Bréfritari: Ásgeir Tryggvi Friðgeirsson
Viðtakandi: Einar Friðgeirsson
Dagsetning: A-1896-10-13
Skrifað á: Bíldudal  V-Barð.
Ásgeir er bróðir Einars

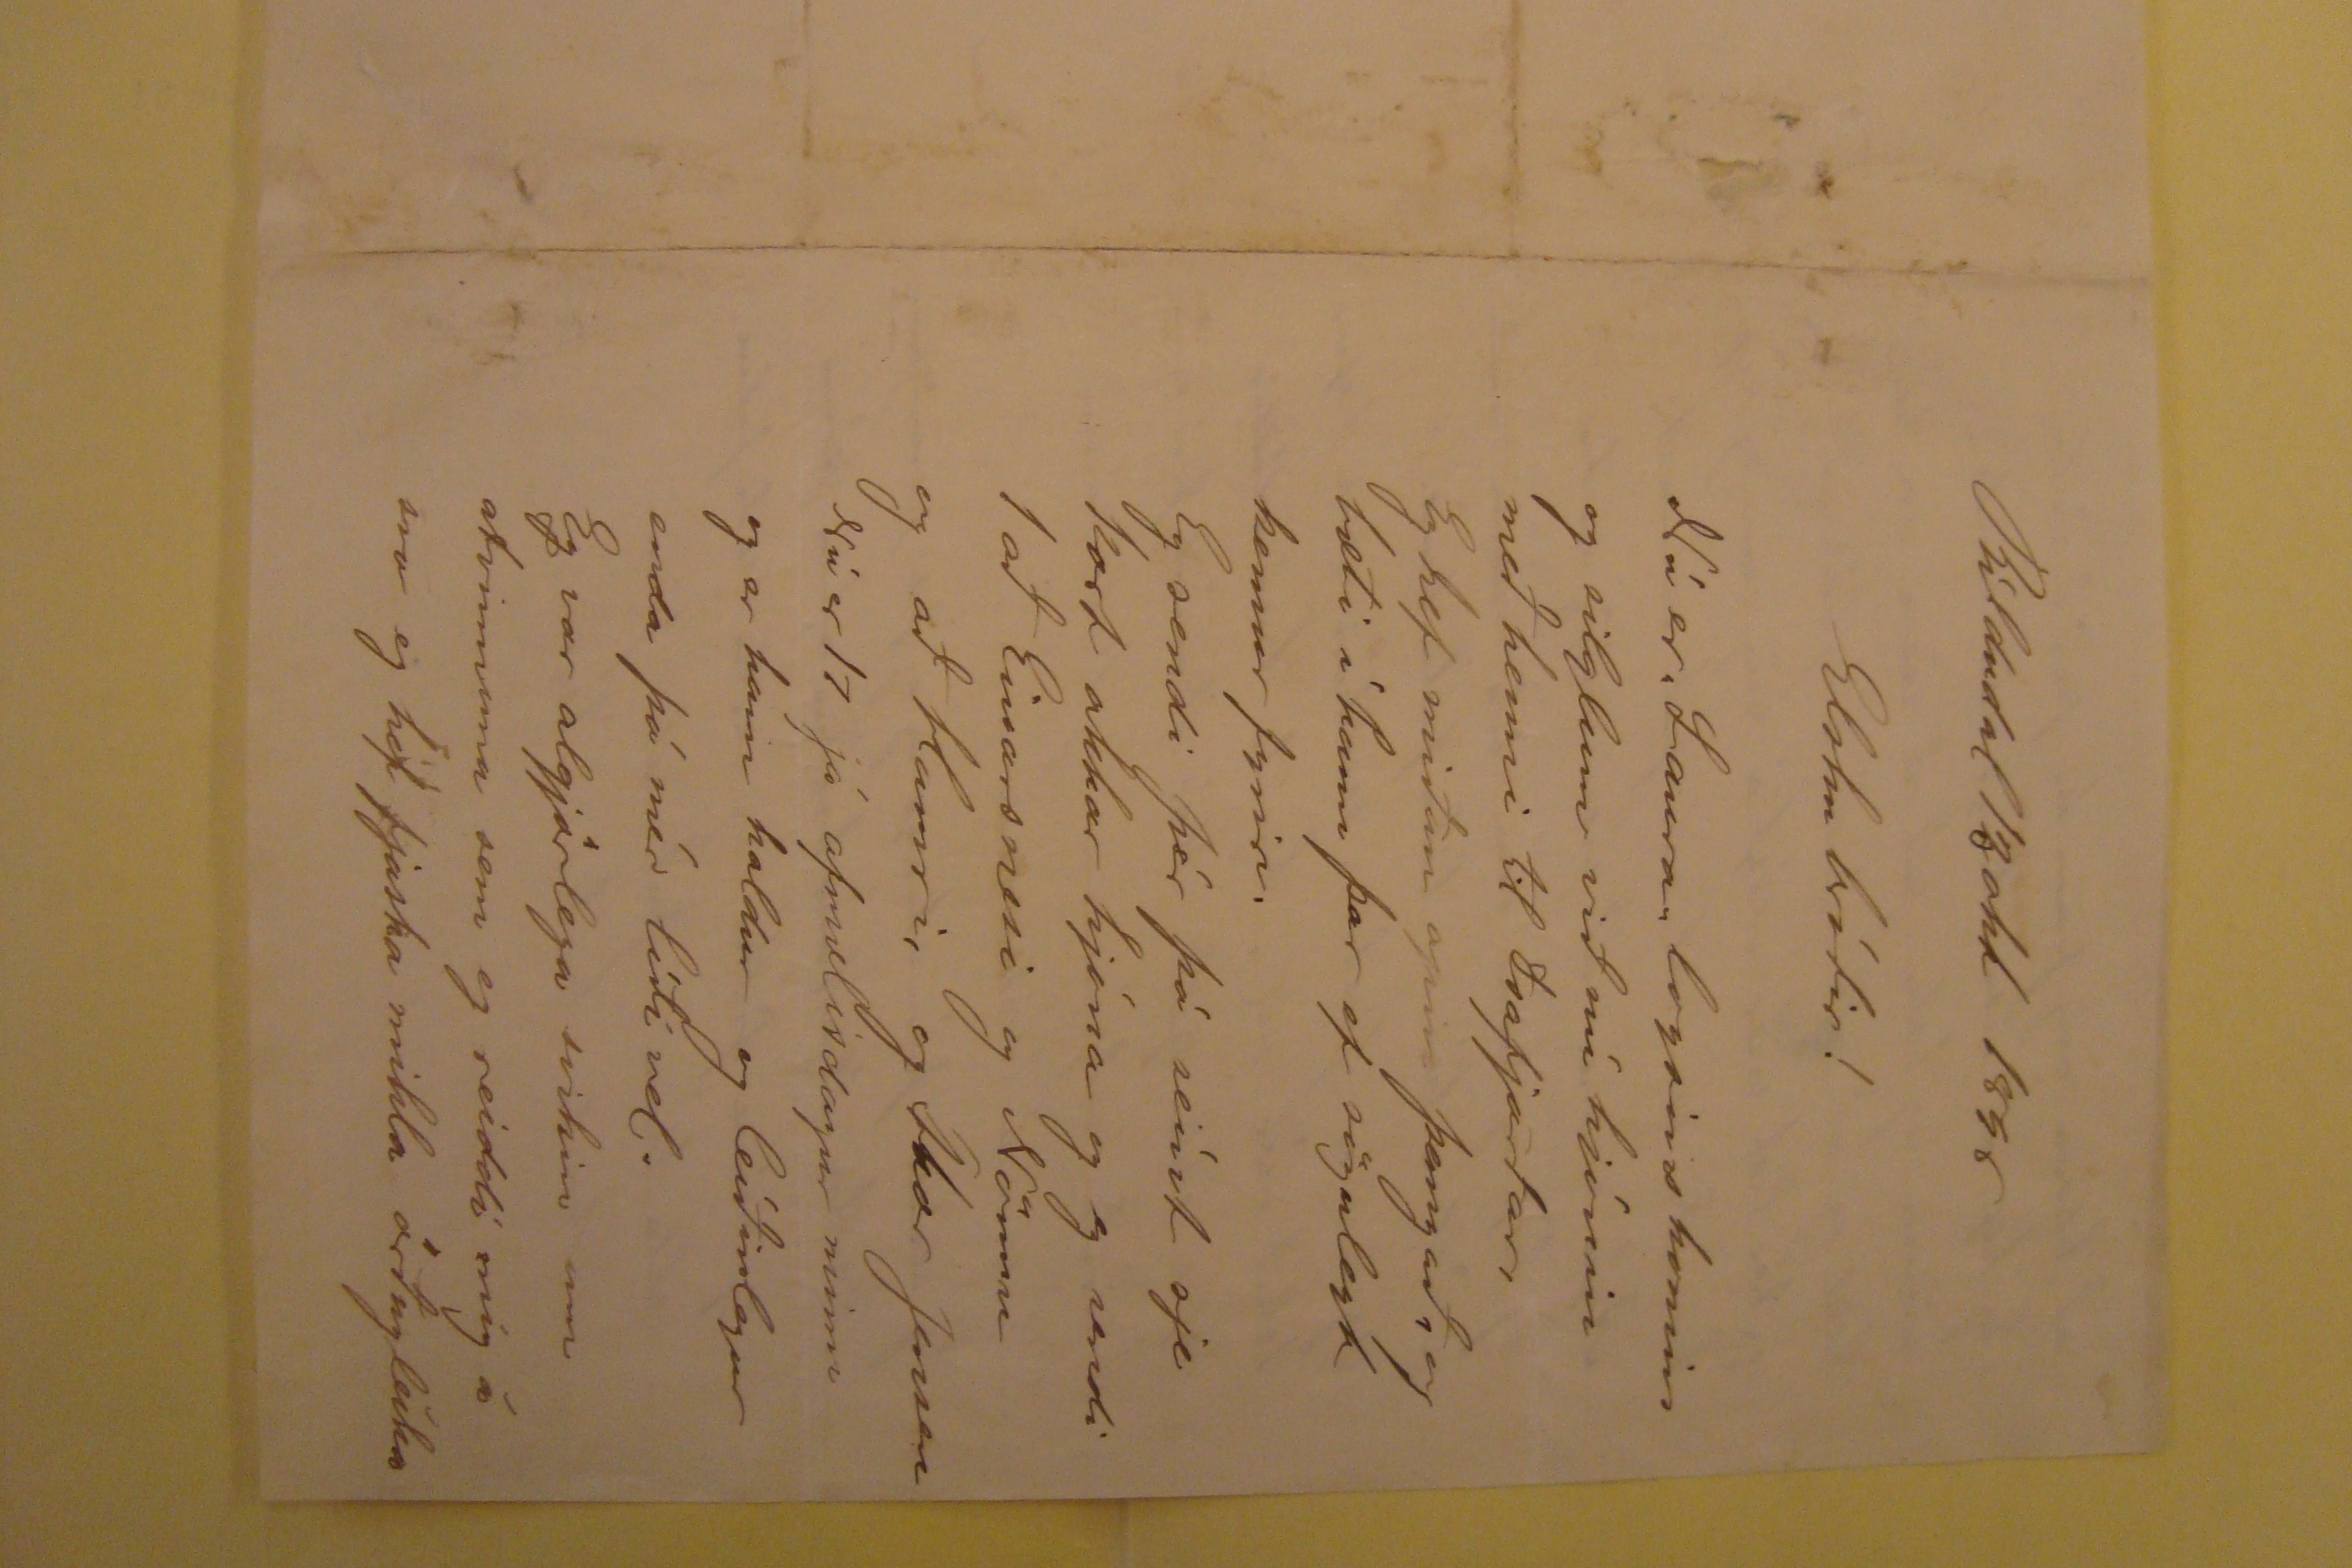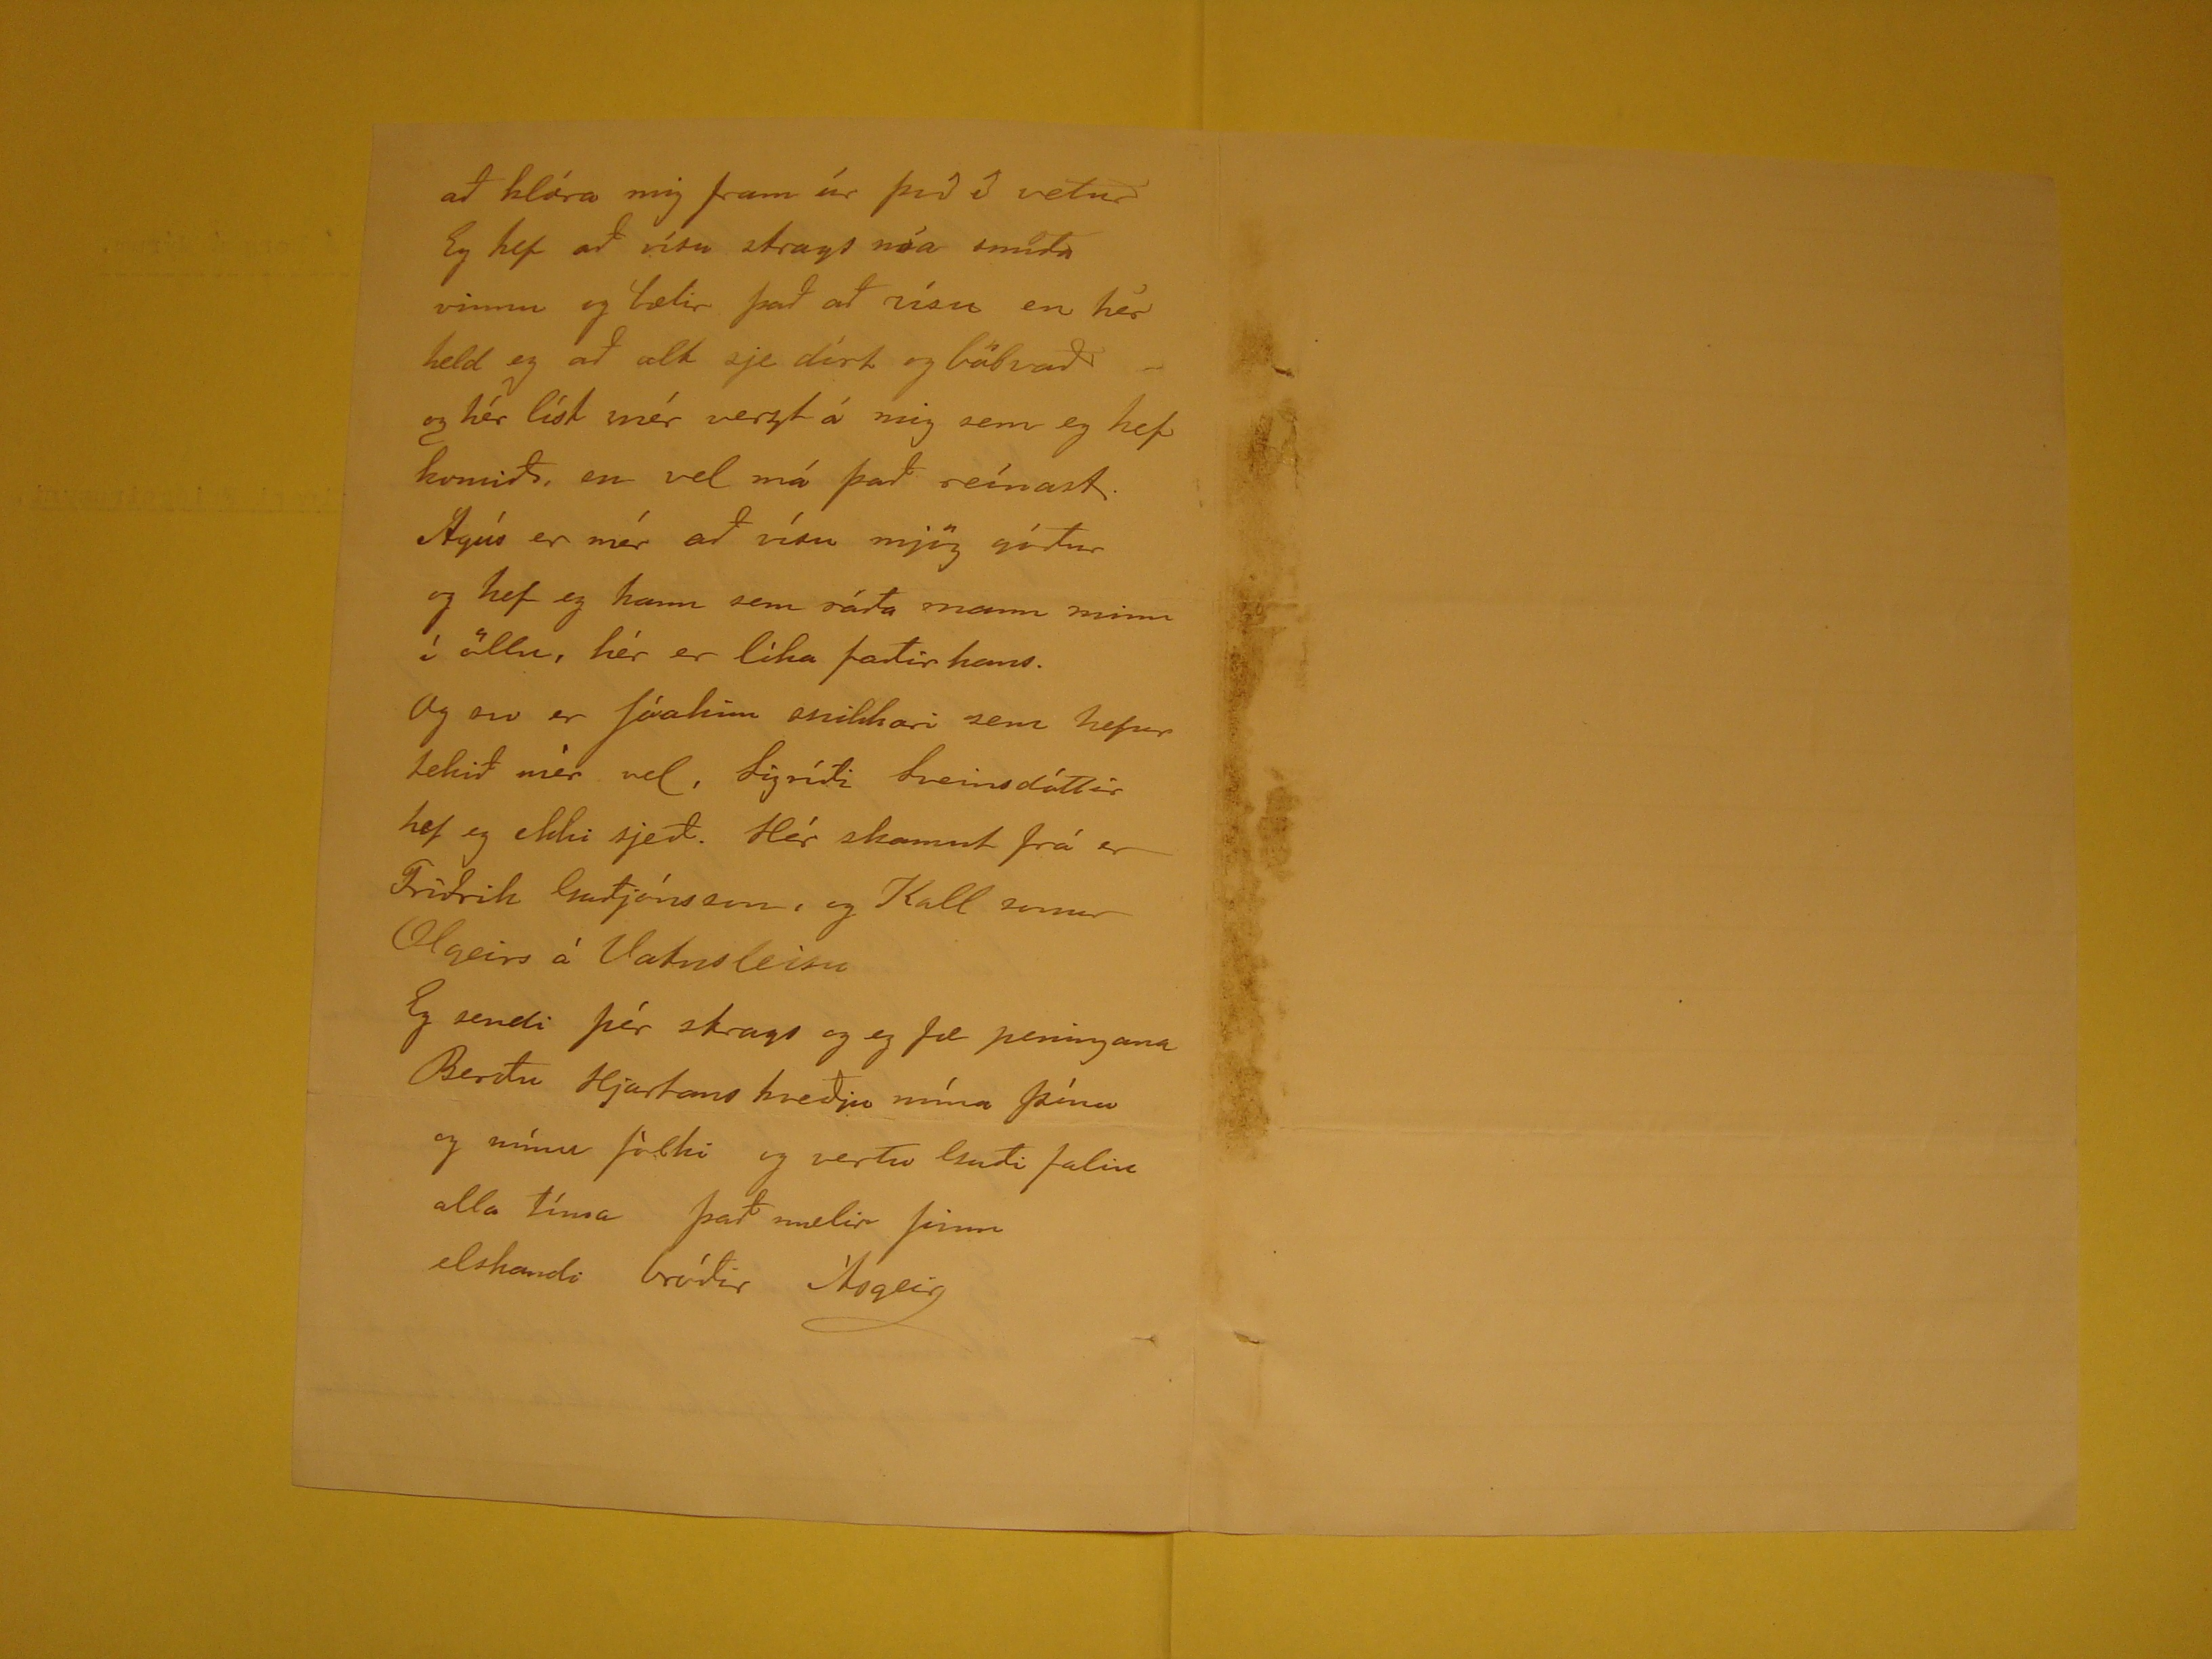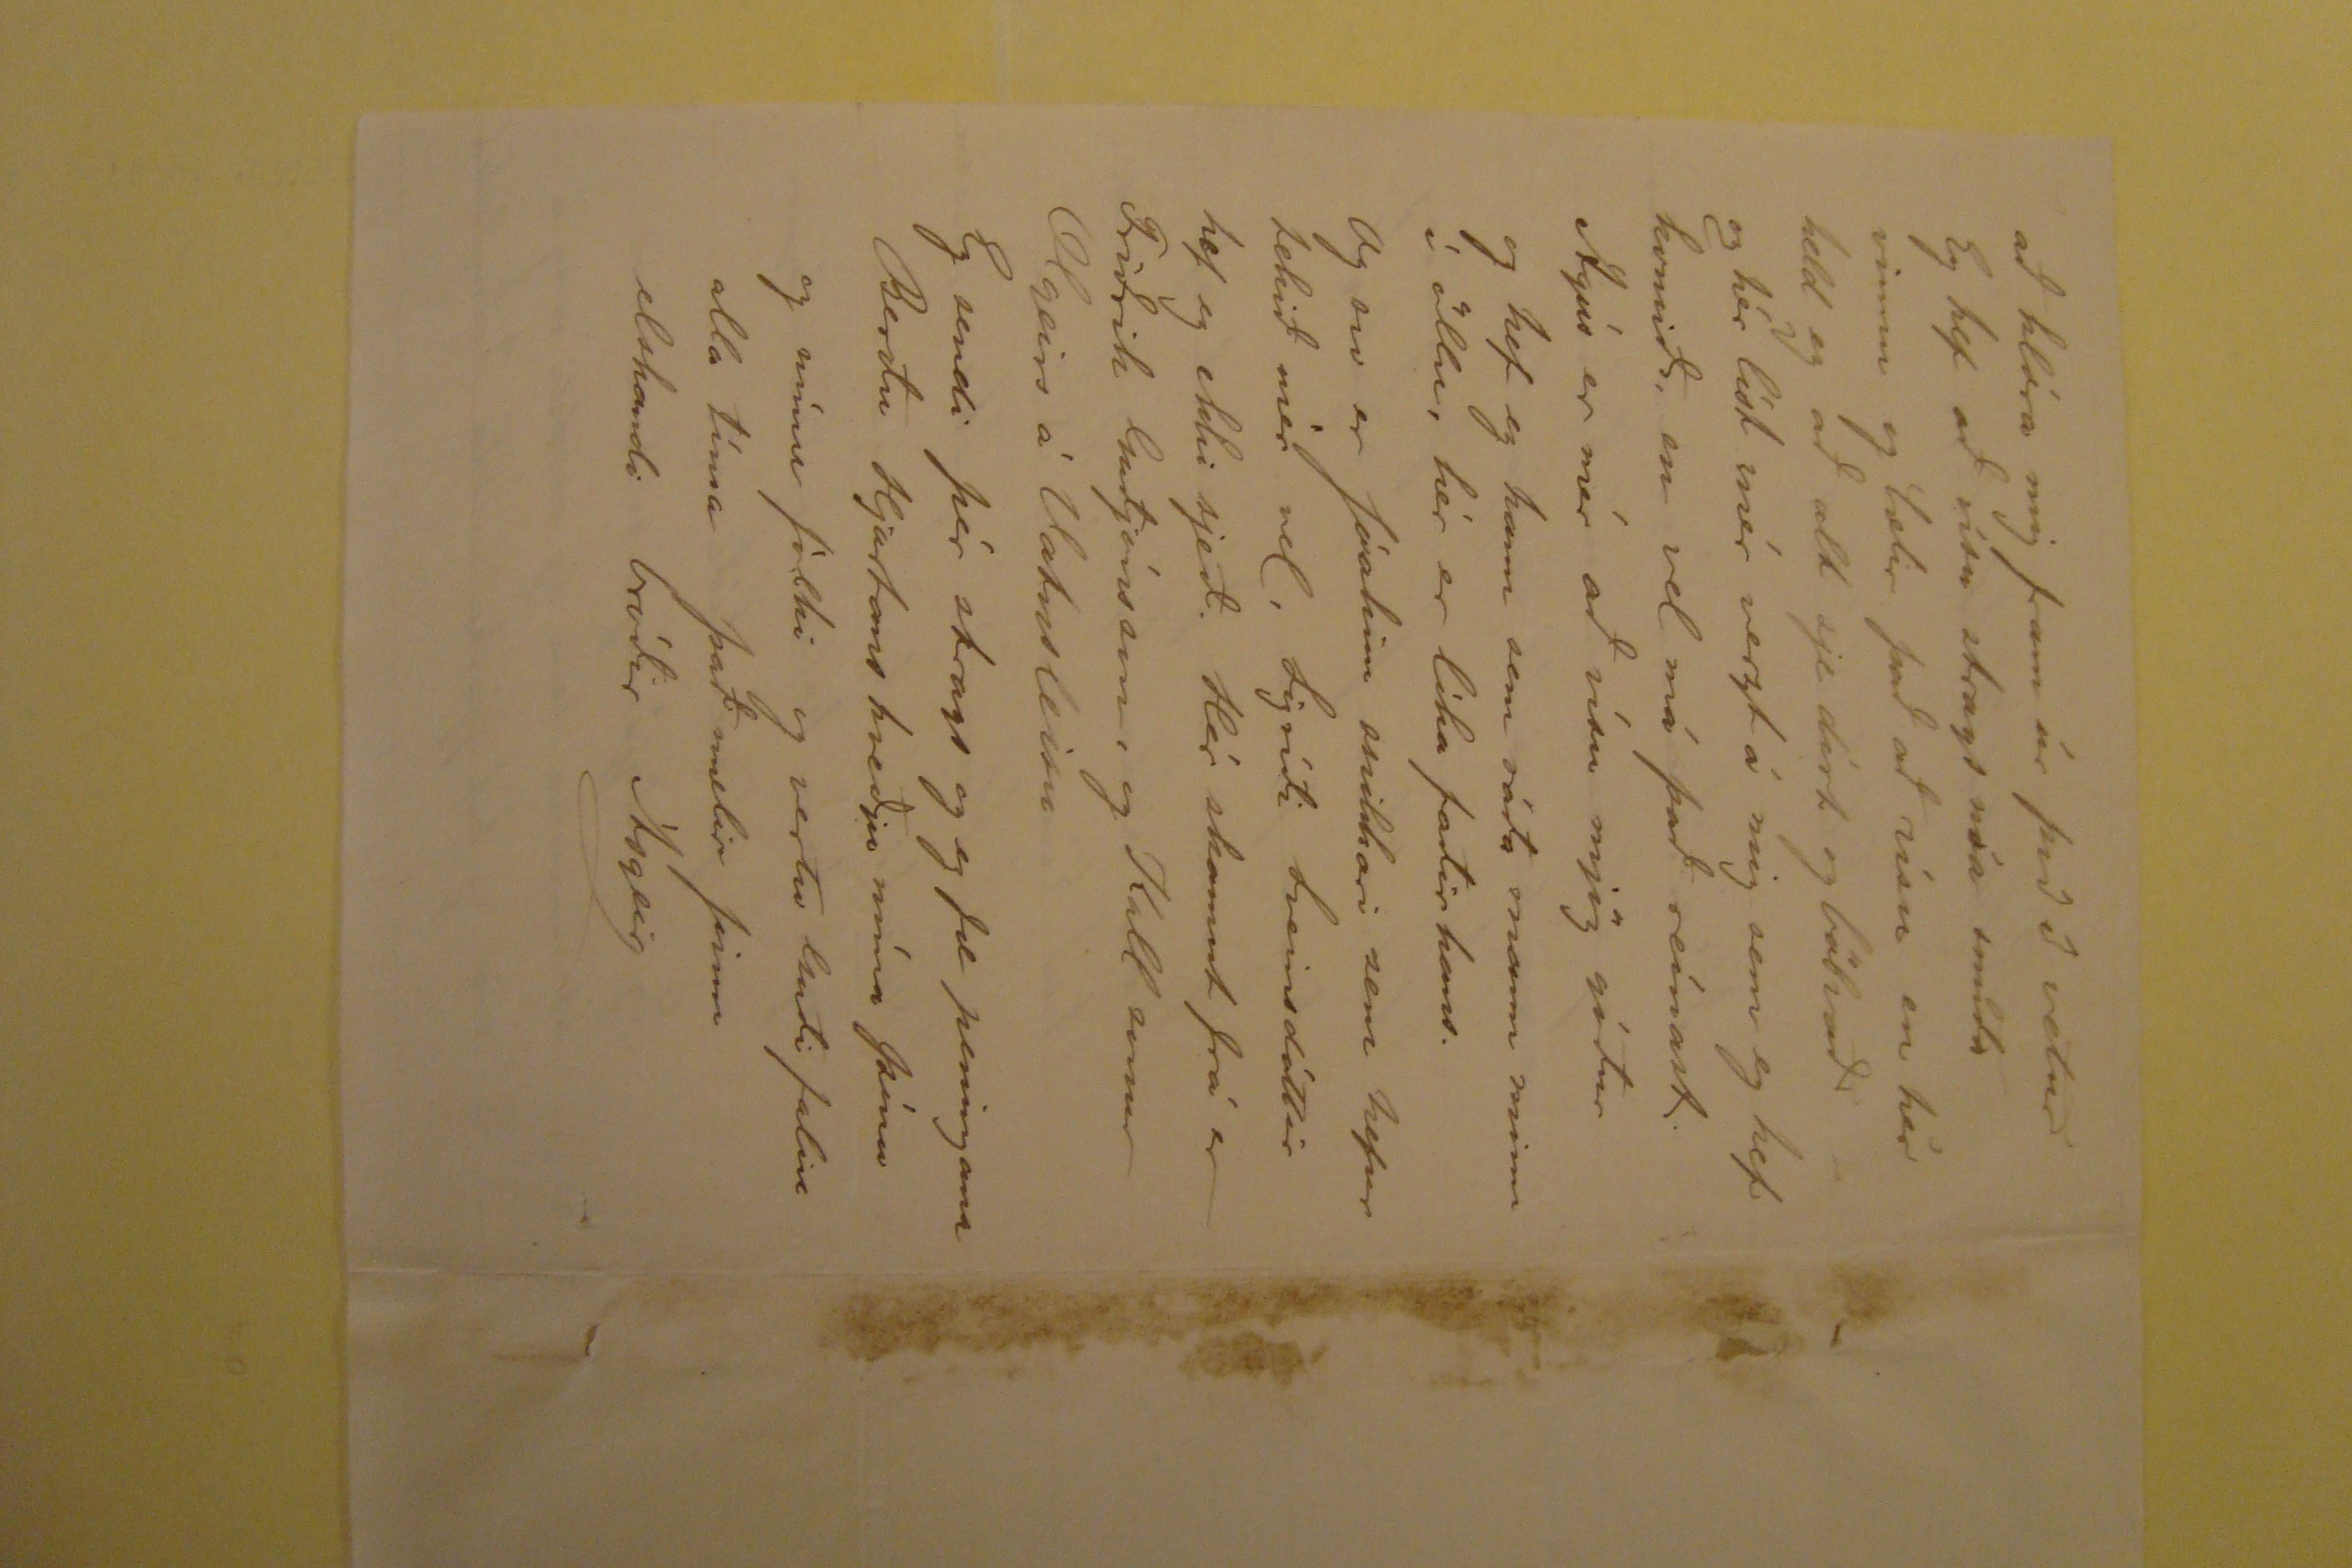

Bíldudal 13 okt 1896
Elsku bróðir!
Nú er "Laura" logsins komin og silglum við nú hjónin með henni til Isafjarðar, Eg hef miðan opin þangað, og bæti í hann þar ef sögulegt kemur fyrir. Eg sendi
þér þá seínt sje kort okkar hjóna og eg sendi 1 að Einarsnesi og Nönnu og að Hamri, og Thor Jensen Nú er 17 já afmælisdagur minn og er hann kaldur og leíðinlegur
enda þó mér líði vel. Eg var algjörlega svikin um atvinnuna sem eg reiddi mig á svo eg hef fjaska mikla örðugleika
að klóra mig fram úr þvi í vetur Eg hef að vísu strags nóa smíða vinnu og bætir það að vísu en hér held eg að alt sje dírt og bölvað og hér líst mér verzt á mig
sem eg hef komið, en vel má það reínast. Ágús er mér að vísu mjög góður og hef eg hann sem ráða mann minn í öllu, hér er líka faðir hans. Og svo er Jóakim
snikkari sem hefur tekið mér vel, Sigríði Sveinsdóttir hef eg ekki sjeð. Hér skamnt frá er Friðrik Guðjónsson, og Kall sonur Olgeirs á Vatnsleisu Eg sendi þér strags
og eg fæ peningana Berðu Hjartans kveðju mína þínu og mínu fólki og vertu Guði falin alla tíma það mælir þinn elskandi bróðir Ásgeir